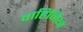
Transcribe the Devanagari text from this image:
वाहिनियां